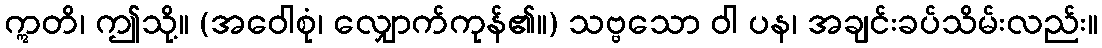
ဣတိ၊ ဤသို့။ (အဝေါစုံ၊ လျှောက်ကုန်၏။) သဗ္ဗသော ဝါ ပန၊ အချင်းခပ်သိမ်းလည်း။